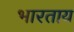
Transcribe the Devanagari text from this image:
भारताय